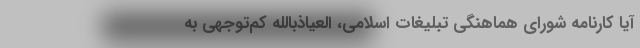
آیا کارنامه شورای هماهنگی تبلیغات اسلامی، العیاذبالله کم‌توجهی به